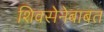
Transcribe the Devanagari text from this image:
शिवसेनेबाबत